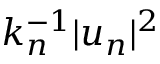
k _ { n } ^ { - 1 } | u _ { n } | ^ { 2 }